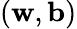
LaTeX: (\mathbf{w},\mathbf{b})